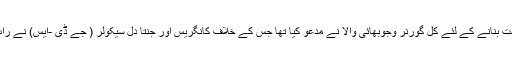
قابل غور ہے کہ مسٹر يديورپا کو حکومت بنانے کے لئے کل گورنر وجوبھائی والا نے مدعو کیا تھا جس کے خلاف کانگریس اور جنتا دل سیکولر ( جے ڈی -ایس) نے رات سپریم کورٹ کا دروازہ کھٹکھٹایا تھا۔